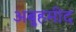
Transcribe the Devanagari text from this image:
अबुहमीद